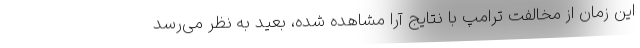
این زمان از مخالفت ترامپ با نتایج آرا مشاهده شده، بعید به نظر می‌رسد